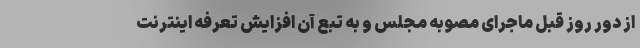
از دور روز قبل ماجرای مصوبه مجلس و به تبع آن افزایش تعرفه اینترنت